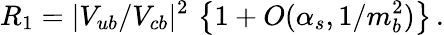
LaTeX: R_{1}=|V_{ub}/V_{cb}|^{2}\, \left\{ 1+O(\alpha_{s},1/m_{b}^{2})\right\} \, .